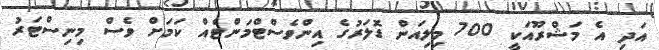
އަދި އެ މަޝްރޫއަކީ 700 މިލިއަން ޑޮލަރުގެ އިންވެސްޓްމަންޓެއް ކަމަށް ވެސް މިނިސްޓަރު